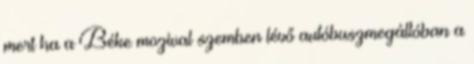
mert ha a Béke mozival szemben lévő autóbuszmegállóban a